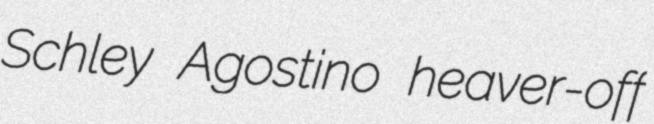
Schley Agostino heaver-off